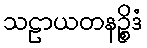
သဠာယတနဉ္စိဒံ